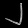
Digit: ၂